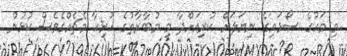
މި މަހުގެ ސޯޅައިގެ ނިޔަލަށް ކުރިއަށްދާ މި މުބާރާތުގެ ހުރިހާ މެޗެއްގެވެސް ކުޅުން